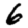
Digit: 6